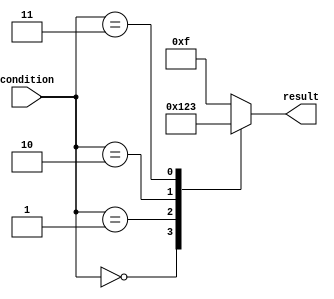
module casez_statement (
    input [2:0] condition,
    output reg [3:0] result
);

always @*
begin
    casez (condition)
        3'b000: result = 4'b0000;
        3'b001: result = 4'b0001;
        3'b010: result = 4'b0010;
        3'b011: result = 4'b0011;
        default: result = 4'b1111;
    endcase
end

endmodule